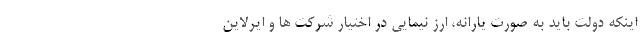
اینکه دولت باید به صورت یارانه، ارز نیمایی در اختیار شرکت ها و ایرلاین